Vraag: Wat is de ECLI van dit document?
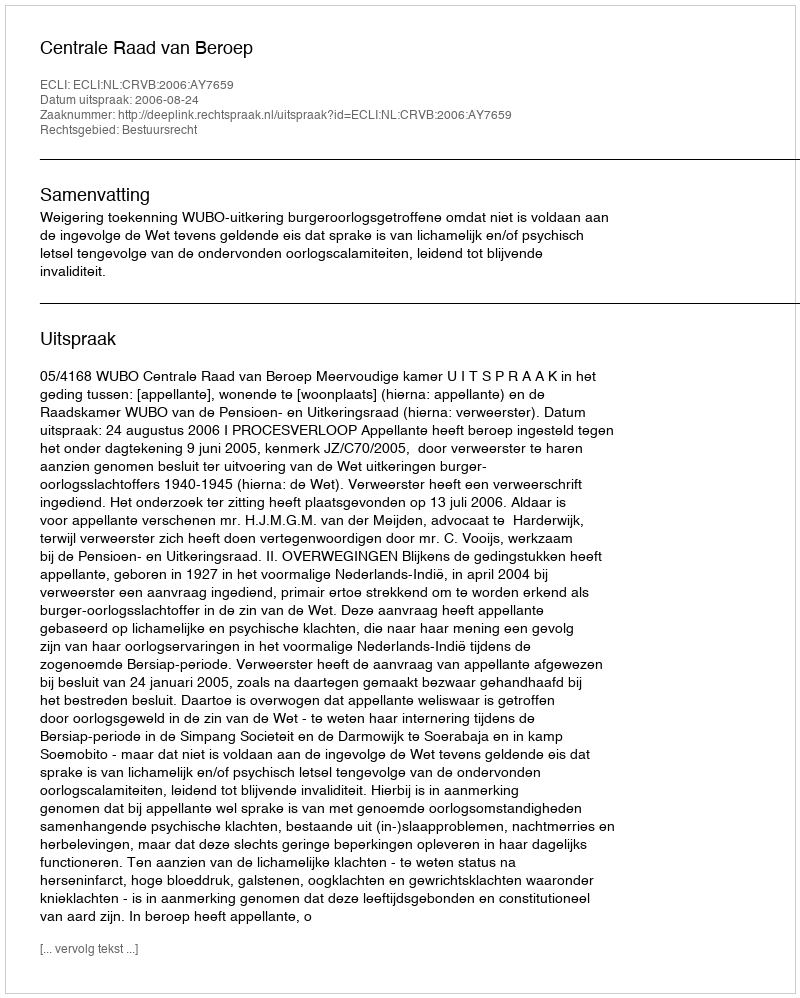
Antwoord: ECLI:NL:CRVB:2006:AY7659